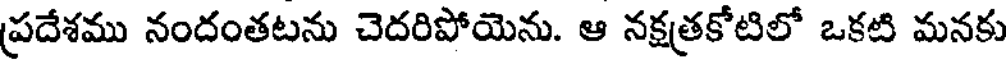
ప్రదేశము నందంతటను చెదరిపోయెను. ఆ నక్షత్రకోటిలో ఒకటి మనకు